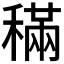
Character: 𥡹